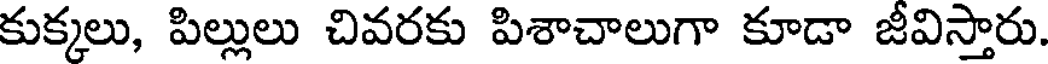
కుక్కలు, పిల్లులు చివరకు పిశాచాలుగా కూడా జీవిస్తారు